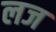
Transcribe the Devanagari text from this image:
लज